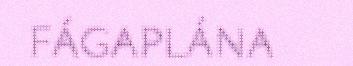
FÁGAPLÁNA